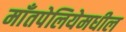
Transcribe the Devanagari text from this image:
माँतपेलियेमधील